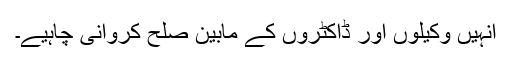
انہیں وکیلوں اور ڈاکٹروں کے مابین صلح کروانی چاہیے۔